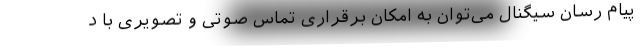
پیام رسان سیگنال می‌توان به امکان برقراری تماس صوتی و تصویری با د